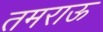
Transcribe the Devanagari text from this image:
तमराऊ